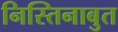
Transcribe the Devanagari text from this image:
निस्तिनाबुत